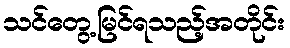
သင်တွေ့မြင်ရသည့်အတိုင်း